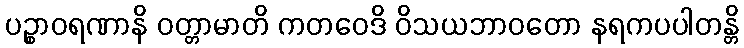
ပဉ္စာဝရဏာနိ ဝတ္တာမာတိ ကတဝေဒိ ဝိသယဘာဝတော နရကပပါတန္တိ